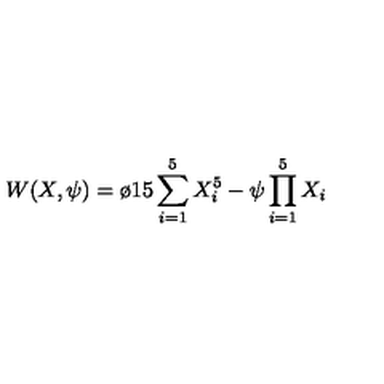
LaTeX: W ( X , \psi ) = \o { 1 } { 5 } \sum _ { i = 1 } ^ { 5 } X _ { i } ^ { 5 } - \psi \prod _ { i = 1 } ^ { 5 } X _ { i }